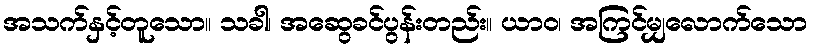
အသက်နှင့်တူသော။ သခါ၊ အဆွေခင်ပွန်းတည်း။ ယာဝ၊ အကြင်မျှလောက်သော